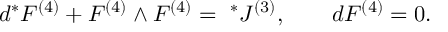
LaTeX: d { } ^ { * } F ^ { ( 4 ) } + F ^ { ( 4 ) } \wedge F ^ { ( 4 ) } = { ~ } ^ { * } J ^ { ( 3 ) } , \qquad d { } F ^ { ( 4 ) } = 0 .